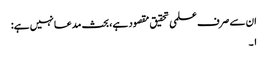
ان سے صرف علمی تحقیق مقصود ہے، بحث مدعا نہیں ہے:
۱۔